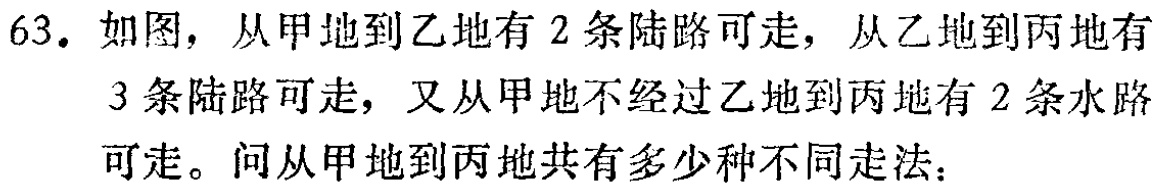
63. 如图，从甲地到乙地有 2 条陆路可走，从乙地到丙地有 3 条陆路可走，又从甲地不经过乙地到丙地有 2 条水路可走。问从甲地到丙地共有多少种不同走法：